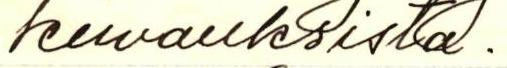
kuvauksista.